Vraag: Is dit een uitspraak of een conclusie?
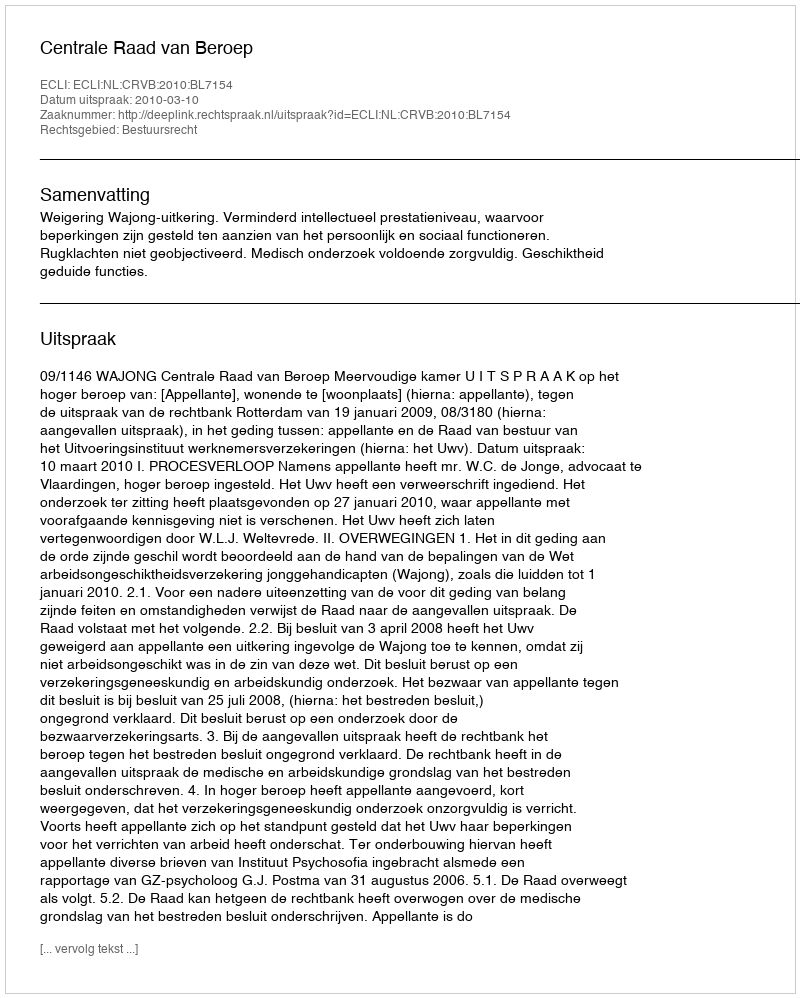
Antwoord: Uitspraak